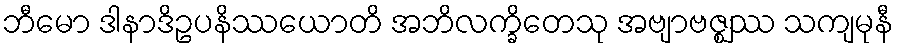
ဘီမော ဒါနာဒိဥပနိဿယောတိ အဘိလက္ခိတေသု အဗျာဗဇ္ဈဿ သကျမုနီ